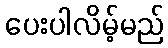
ပေးပါလိမ့်မည်